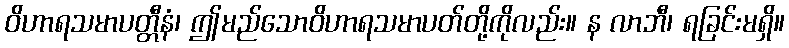
ဝိဟာရသမာပတ္တီနံ၊ ဤမည်သောဝိဟာရသမာပတ်တို့ကိုလည်း။ န လာဘီ၊ ရခြင်းမရှိ။